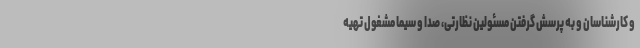
و کارشناسان و به پرسش گرفتن مسئولین نظارتی، صدا و سیما مشغول تهیه